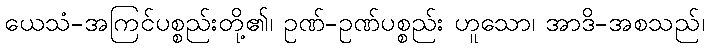
ယေသံ-အကြင်ပစ္စည်းတို့၏၊ ဥဏ်-ဥဏ်ပစ္စည်း ဟူသော၊ အာဒိ-အစသည်၊